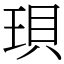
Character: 珼